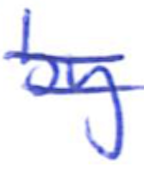
Text: by
Cross-out: mix
Writing tool: ballpoint